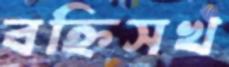
বহ্নিসখ